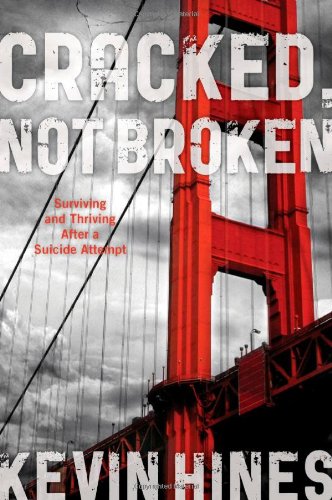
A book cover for Cracked, Not Broken: Surviving and Thriving After a Suicide Attempt; Kevin Hines; Self-Help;